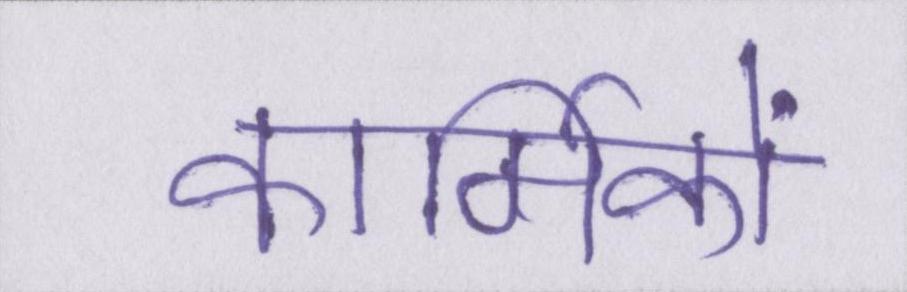
कार्मिकों